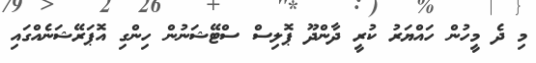
މި ދެ މީހުން ހައްޔަރު ކުރީ ދާންދޫ ޕޮލިސް ސްޓޭޝަނުން ހިންގި އޮޕަރޭޝަނެއްގައި